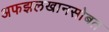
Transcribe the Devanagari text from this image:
अफझलखानसोबत